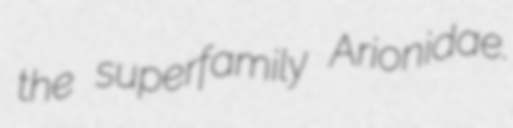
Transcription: the superfamily Arionidae.